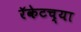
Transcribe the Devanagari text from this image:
रॅकेटच्या